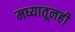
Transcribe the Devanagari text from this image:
मध्यातूनही